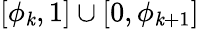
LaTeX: [\phi_{\mathit{k}},1]\cup[0,\phi_{\mathit{k}+1}]